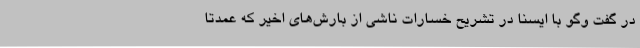
در گفت وگو با ایسنا در تشریح خسارات ناشی از بارش‌های اخیر که عمدتا